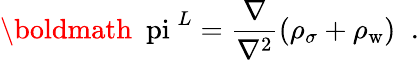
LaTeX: \mathrm{\boldmath~\ pi~}^{L}=\frac{\mathbf\nabla\mathrm{}}{\mathbf\nabla\mathrm{^2}}(\rho_{\sigma}+\rho_{\mathrm{w}})\; \; .